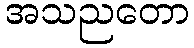
အသညတော